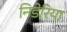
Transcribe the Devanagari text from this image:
निडेरिया